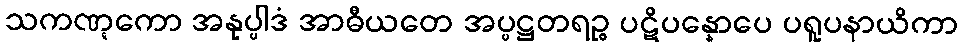
သကဏ္ဋကော အနုပ္ပါဒံ အာဓီယတေ အပ္ပဋ္ဌတရဉ္စ ပဋိပန္နောပေ ပရူပနာယိကာ